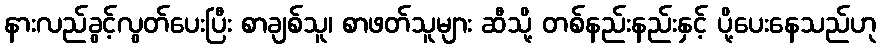
နားလည်ခွင့်လွတ်ပေးပြီး စာချစ်သူ၊ စာဖတ်သူများ ဆီသို့ တစ်နည်းနည်းနှင့် ပို့ပေးနေသည်ဟု